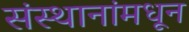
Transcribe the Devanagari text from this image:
संस्थानांमधून